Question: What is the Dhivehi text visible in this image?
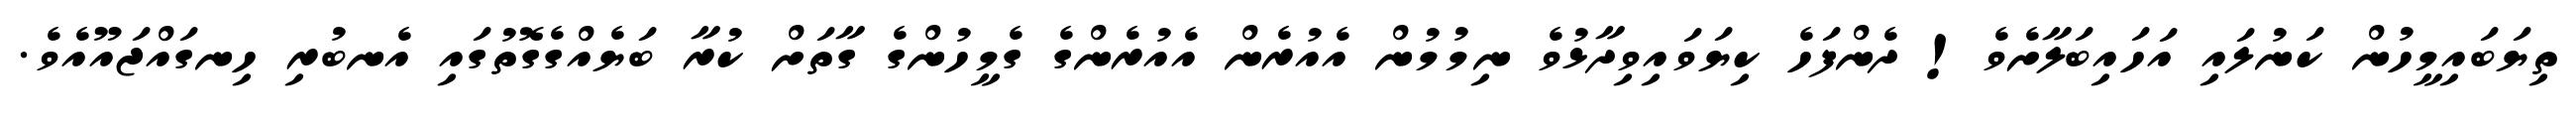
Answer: ތިޔަބައިމީހުން ކަނުލައި އަހައިބަލާށެވެ! ދެންފަހެ ކިޔަވައިވިދާޅުވެ ނިމުމުން އެއުރެން އެއުރެންގެ ގެމީހުންގެ ގާތަށް ކުރާ ބަޔެއްގެގޮތުގައި އެނބުރި ހިނގައްޖައޫއެވެ.